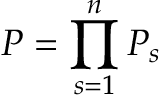
{ \cal P } = \prod _ { s = 1 } ^ { n } { { \cal P } } _ { s }